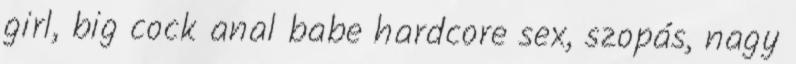
girl, big cock anal babe hardcore sex, szopás, nagy